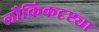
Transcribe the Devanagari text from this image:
लौकिकदृष्ट्या